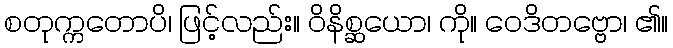
စတုက္ကတောပိ၊ ဖြင့်လည်း။ ဝိနိစ္ဆယော၊ ကို။ ဝေဒိတဗ္ဗော၊ ၏။